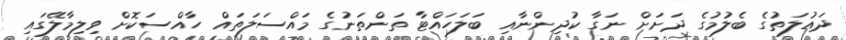
ދައުލަތުގެ ބެލުމުގެ ދަށަށް ނަގާ ކުދިންނާއި ބަލަހައްޓާ ތަންތަނުގެ މައްސަލަތައް ހާއްސަކޮށް ވިލިމާލޭގައި